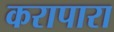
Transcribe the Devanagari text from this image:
करापारा